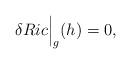
LaTeX: \begin{align*}\delta Ric\Big|_{g}(h)=0, \end{align*}